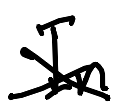
Text: In
Cross-out: cross
Writing tool: digital_black